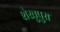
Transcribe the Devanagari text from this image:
शेखुपुरा